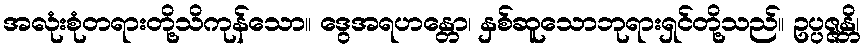
အလုံးစုံတရားတို့သိကုန်သော။ ဒွေအရဟန္တော၊ နှစ်ဆူသောဘုရားရှင်တို့သည်။ ဥပ္ပဇ္ဇန္တိ၊